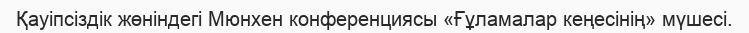
Қауіпсіздік жөніндегі Мюнхен конференциясы «Ғұламалар кеңесінің» мүшесі.